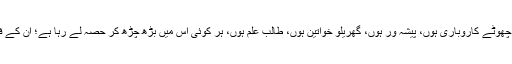
کسان ہوں، تاجر ہوں، چھوٹے کاروباری ہوں، پیشہ ور ہوں، گھریلو خواتین ہوں، طالب علم ہوں، ہر کوئی اس میں بڑھ چڑھ کر حصہ لے رہا ہے؛ ان کے فوائد بھی مل رہے ہیں۔